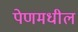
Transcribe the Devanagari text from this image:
पेणमधील